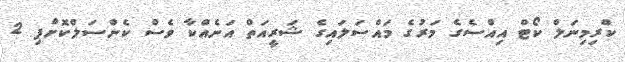
ކްރިމިނަލް ކޯޓް އިއްސެގެ މަރުގެ މައްސަލައިގެ ޝަރީއަތް އަނެއްކާ ވެސް ކެންސަލްކޮށްފި 2